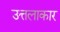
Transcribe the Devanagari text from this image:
उत्तलाकार